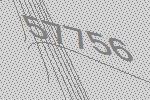
57756